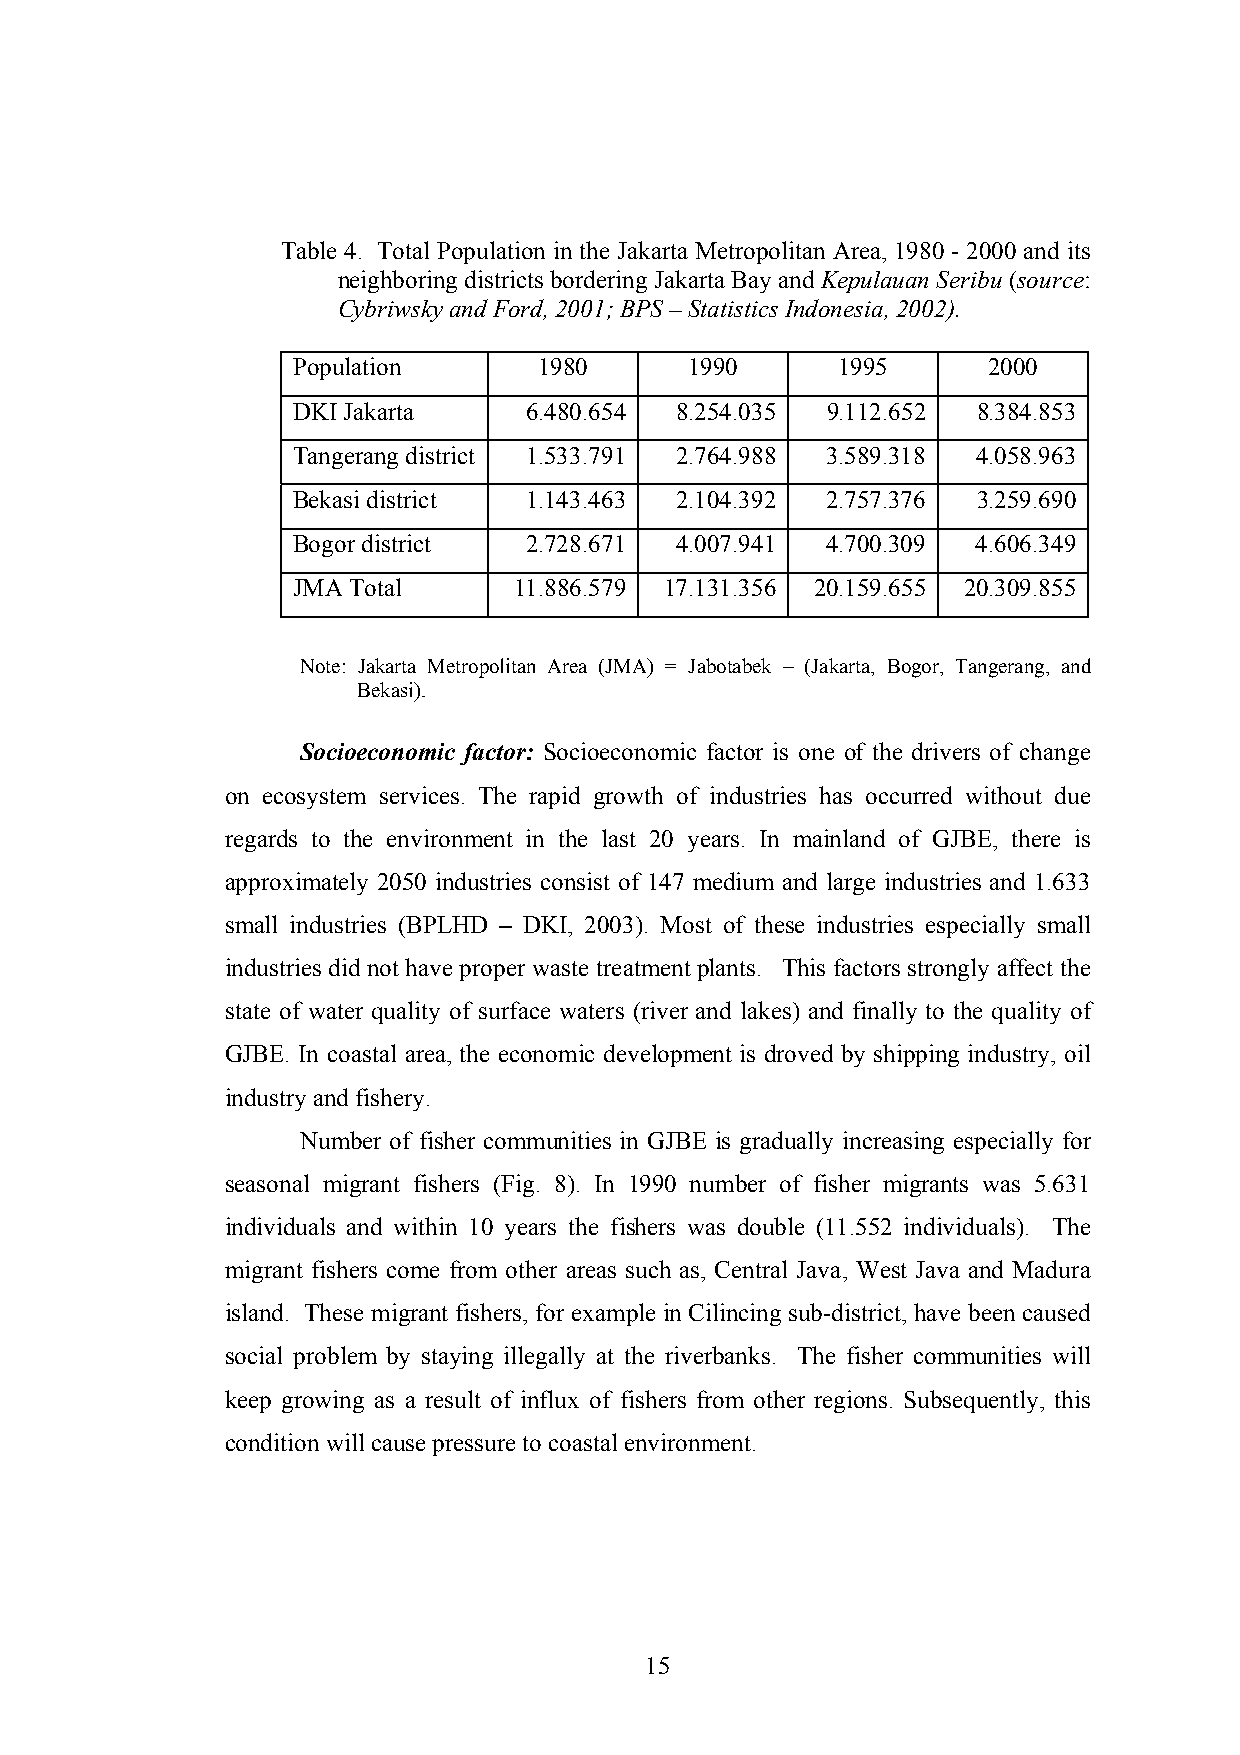
Table 4. Total Population in the Jakarta Metropolitan Area, 1980 - 2000 and its
 neighboring districts bordering Jakarta Bay and Kepulauan Seribu (source:
 Cybriwsky and Ford, 2001; BPS – Statistics Indonesia, 2002).
 Population       1980      1990     1995      2000
 DKI Jakarta     6.480.654 8.254.035 9.112.652 8.384.853
 Tangerang district 1.533.791 2.764.988 3.589.318 4.058.963
 Bekasi district 1.143.463 2.104.392 2.757.376 3.259.690
 Bogor district  2.728.671 4.007.941 4.700.309 4.606.349
 JMA Total      11.886.579 17.131.356 20.159.655 20.309.855
 Note: Jakarta Metropolitan Area (JMA) = Jabotabek – (Jakarta, Bogor, Tangerang, and
 Bekasi).
 Socioeconomic factor: Socioeconomic factor is one of the drivers of change
 on ecosystem services. The rapid growth of industries has occurred without due
 regards to the environment in the last 20 years. In mainland of GJBE, there is
 approximately 2050 industries consist of 147 medium and large industries and 1.633
 small industries (BPLHD – DKI, 2003). Most of these industries especially small
 industries did not have proper waste treatment plants. This factors strongly affect the
 state of water quality of surface waters (river and lakes) and finally to the quality of
 GJBE. In coastal area, the economic development is droved by shipping industry, oil
 industry and fishery.
 Number of fisher communities in GJBE is gradually increasing especially for
 seasonal migrant fishers (Fig. 8). In 1990 number of fisher migrants was 5.631
 individuals and within 10 years the fishers was double (11.552 individuals). The
 migrant fishers come from other areas such as, Central Java, West Java and Madura
 island. These migrant fishers, for example in Cilincing sub-district, have been caused
 social problem by staying illegally at the riverbanks. The fisher communities will
 keep growing as a result of influx of fishers from other regions. Subsequently, this
 condition will cause pressure to coastal environment.
 15